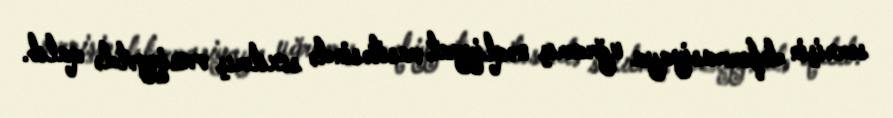
sərnişin deformasiyaya uğramış nəqliyyat vasitəsində sıxılmış vəziyyətdə qalıb.